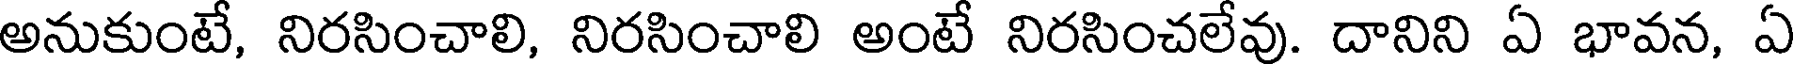
అనుకుంటే, నిరసించాలి, నిరసించాలి అంటే నిరసించలేవు. దానిని ఏ భావన, ఏ